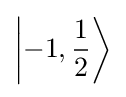
\left|-1,{\frac {1}{2}}\right\rangle